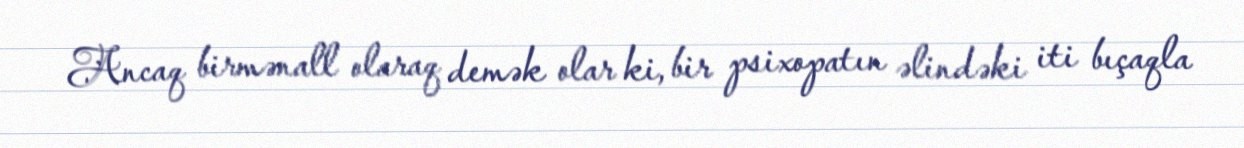
Ancaq birmənall olaraq demək olar ki, bir psixopatın əlindəki iti bıçaqla